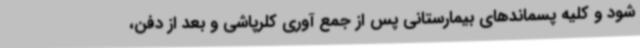
شود و کلیه پسماندهای بیمارستانی پس از جمع آوری کلرپاشی و بعد از دفن،